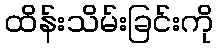
ထိန်းသိမ်းခြင်းကို